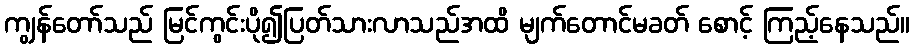
ကျွန်တော်သည် မြင်ကွင်းပို၍ပြတ်သားလာသည်အထိ မျက်တောင်မခတ် စောင့် ကြည့်နေသည်။